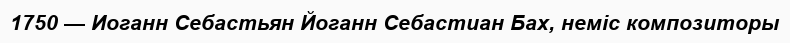
1750 — Иоганн Себастьян Йоганн Себастиан Бах, неміс композиторы